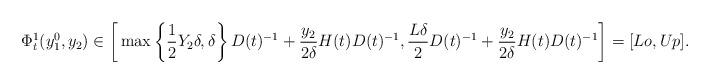
LaTeX: \begin{align*}\Phi_t^1(y_1^0,y_2)\in \bigg[\max\left\{\frac{1}{2}Y_2\delta,\delta\right\}D(t)^{-1}+\frac{y_2}{2\delta}H(t)D(t)^{-1},\frac{L\delta}{2}D(t)^{-1}+\frac{y_2}{2\delta}H(t)D(t)^{-1}\bigg]=[Lo,Up].\end{align*}